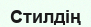
Стилдің